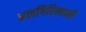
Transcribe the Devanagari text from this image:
अलगिरिस्वामी